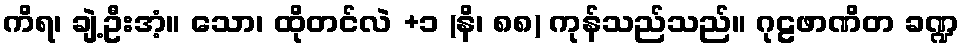
ကိရ၊ ချဲ့ဦးအံ့။ သော၊ ထိုတင်လဲ +၁ (နိ၊ ၈၈) ကုန်သည်သည်။ ဂုဠဖာဏိတ ခဏ္ဍ